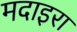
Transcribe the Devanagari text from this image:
मदाइरा